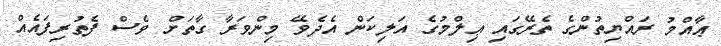
ޢާއްމު ރައްޔިތުންގެ ތެރޭގައި ޢިލްމުގެ އަލިކަން އެދެވޭ މިންވަރާ ގާތަށް ވެސް ފެތުރިފައެއް